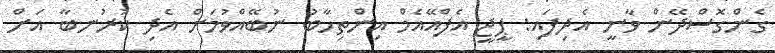
ގެންގޮސްދޭން ވާނީ އެދިފައި: ޕީޖީ އެފްއޭއެމް އިންތިހާބު ނުބޭއްވުމަށް އެދި ކުރުނބާ އަށް